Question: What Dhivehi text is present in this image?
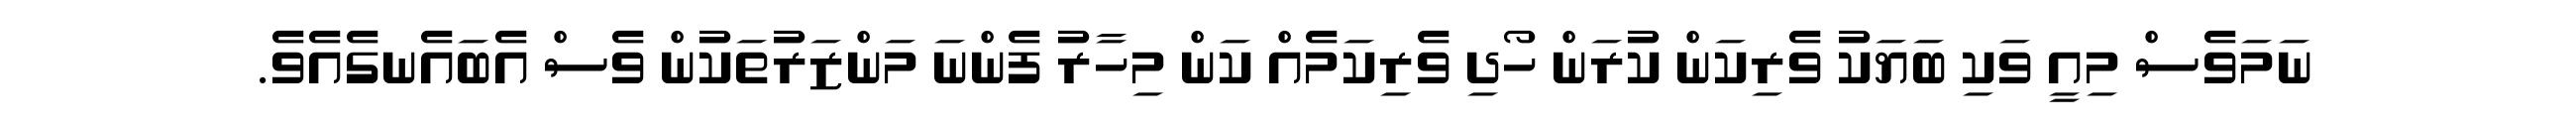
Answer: ނަމަވެސް މިއީ ވަކި ބަޔަކު ވެރިކަން ކުރަން ހޯދި ވެރިކަމެއް ކަން މިހާރު ފެންނަ މަންޒަރުތަކުން ވެސް އެބައެނގެއެވެ.